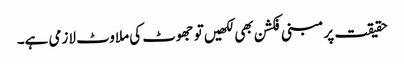
حقیقت پر مبنی فکشن بھی لکھیں تو جھوٹ کی ملاوٹ لازمی ہے۔